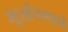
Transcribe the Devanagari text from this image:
मूर्खपणाने